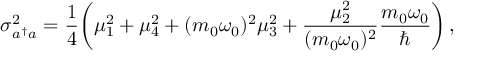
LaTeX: \sigma _ { a ^ { \dagger } a } ^ { 2 } = { \frac { 1 } { 4 } } \biggl ( \mu _ { 1 } ^ { 2 } + \mu _ { 4 } ^ { 2 } + ( m _ { 0 } \omega _ { 0 } ) ^ { 2 } \mu _ { 3 } ^ { 2 } + { \frac { \mu _ { 2 } ^ { 2 } } { ( m _ { 0 } \omega _ { 0 } ) ^ { 2 } } } { \frac { m _ { 0 } \omega _ { 0 } } { \hbar } } \biggr ) \, ,